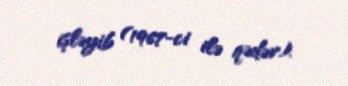
işləyib (1967-ci ilə qədər).